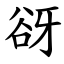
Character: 谺